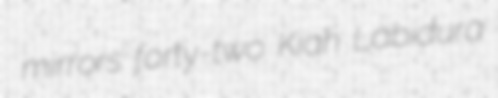
mirrors forty-two Kiah Labidura